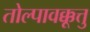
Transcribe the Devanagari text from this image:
तोल्पावक्कूत्तु